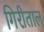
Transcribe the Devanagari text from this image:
गिरीताल